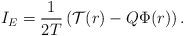
LaTeX: \begin{align*}I_E=\frac{1}{2 T}\left(\mathcal{T}(r)- Q \Phi(r) \right).\end{align*}